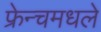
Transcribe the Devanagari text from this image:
फ्रेन्चमधले